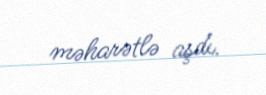
məharətlə aşdı.